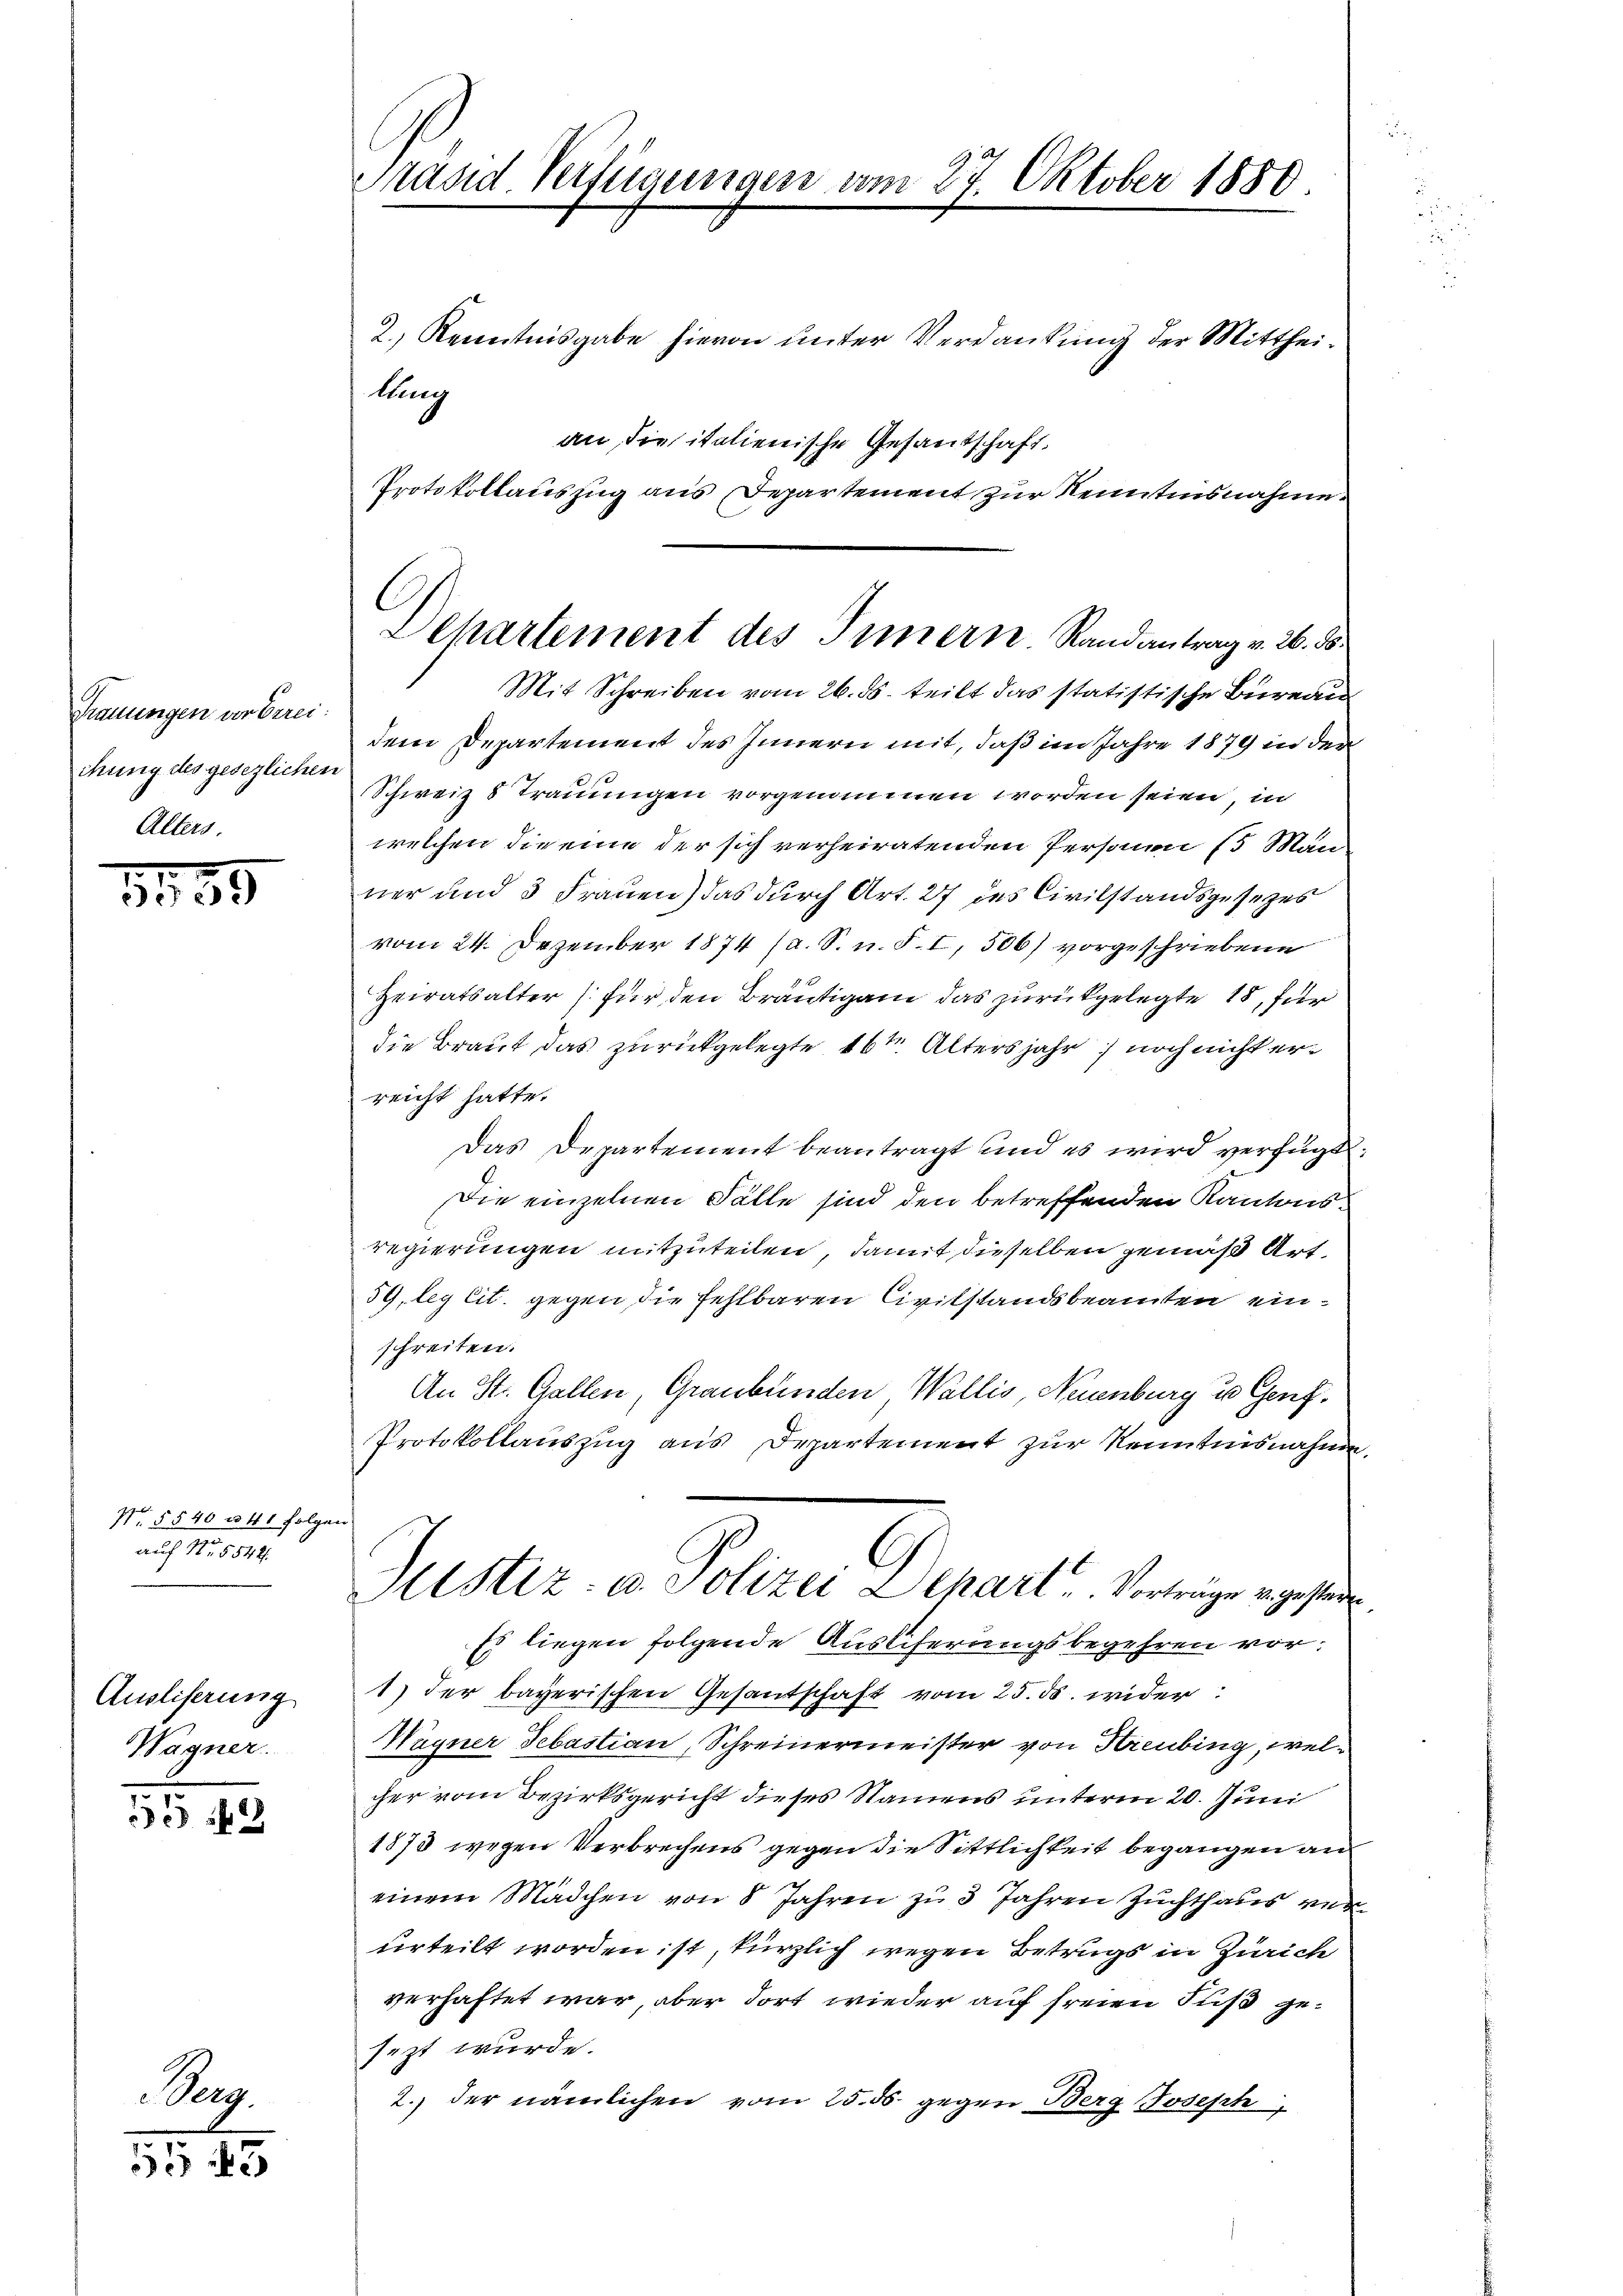
Trauungen vor Errei:
chung des gesezlichen
Alters

31,55

N § 540 u 41 folgen
auf Nr. 5544.

Ausliserung
Wagner.

552

515 f 3

erg

Präsid. Verfügungen vom 27. Oktober 1880

2.) Kenntnisgabe hievon unter Verdankung der Mittheitlung
an die italienische Gesantschaft.
Protokollauszug aus Departement zur Kenntensnahme
Mit Schreiben vom 26. ds. teilt das statistische Bureau
dem Departement des Innern mit, daß im Jahre 1879 in der
Schweiz 8 Trauungen vorgenommen worden seien, in
welchen die eine der sich verheiratenden Personen 15 Män-
ner und 3 Frauen) das durch Art. 27 des Civilstandsgesezes
vom 24. Dezember 1874 (s. S. n. F. I, 506) vorgeschriebene
Heiratsalter (für den Bräutigam das zurückgelegte 18, für
die Braut das zurückgelegte 16ten Altersjahr noch nicht erreicht hatte.
Das Departement beantragt und es wird verfügt:
Die einzelnen Fälle sind den betreffenden Kantonsregierungen mitzuteilen, damit dieselben gemäß Art
59, leg lit. gegen die fehlbaren Civilstandsbeamten einschreiten.
An St. Gallen, Graubünden, Wallis, Neuenburg u Genf.
Protokollauszug aus Departement zur Kenntnisnahme.
G
Sistiz- u. Polizei Dehart u. Vorträge v. gestern.
Es liegen folgende Ausliferungsbegehren vor:
1) der bayerischen Gesantschaft vom 25. ds. wider
Wagner Sebastian, Schreinermeister von Hreubing, welcher vom Bezirksgericht dieses Namens unterm 20. Juni
1873 wegen Verbrechens gegen die Sittlichkeit begangen an
einem Mädchen von 8 Jahren zu 3 Jahren Zuchthaus verurteilt worden ist, kürzlich wegen Betrugs in Zürich
verhaftet war, aber dort wieder auf freien Fuß gesezt wurde.
2. der nämlichen vom 25. ds. gegen Berg Joseph,

Departement des Innern Randantrag v. 26. ds.